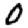
Digit: 0